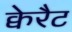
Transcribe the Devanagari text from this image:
क्वेरैट